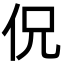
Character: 㑆